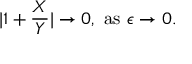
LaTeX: | 1 + { \frac { X } { Y } } | \to 0 , \ \mathrm { a s } \ \epsilon \to 0 .